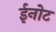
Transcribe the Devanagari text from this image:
ईनोट